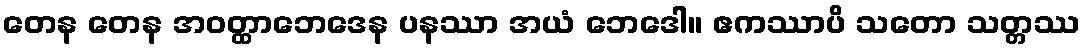
တေန တေန အဝတ္ထာဘေဒေန ပနဿာ အယံ ဘေဒေါ။ ဧကဿာပိ သတော သတ္တဿ